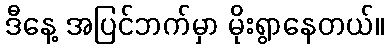
ဒီနေ့ အပြင်ဘက်မှာ မိုးရွာနေတယ်။